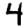
Digit: 4